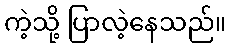
ကဲ့သို့ ပြာလဲ့နေသည်။